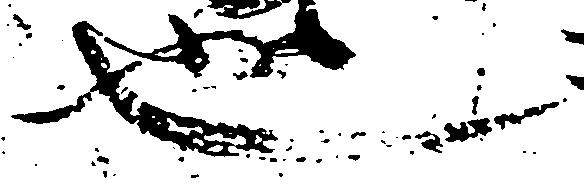
也